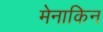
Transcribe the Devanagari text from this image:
मेनाकिन